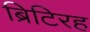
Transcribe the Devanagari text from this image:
ब्रिटिरह